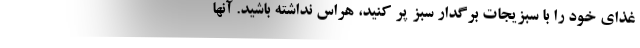
غذای خود را با سبزیجات برگدار سبز پر کنید، هراس نداشته باشید. آنها